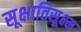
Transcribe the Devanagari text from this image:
सूक्षातिसूक्ष्म